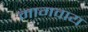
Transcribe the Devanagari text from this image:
मागवाय